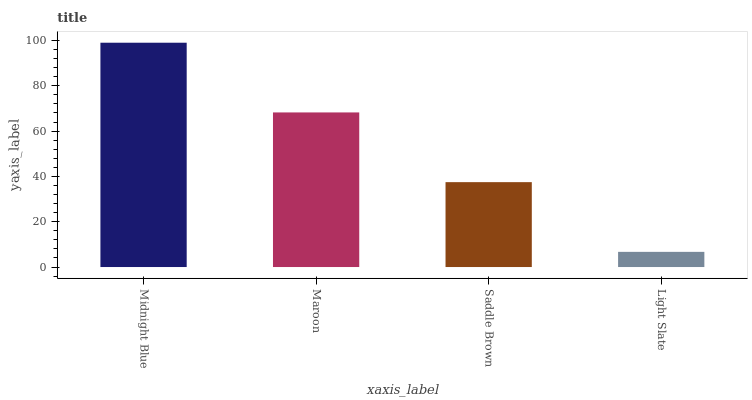
| xaxis_label | bars |
 | --- | --- |
 | Midnight Blue | 99 |
 | Maroon | 68.2 |
 | Saddle Brown | 37.5 |
 | Light Slate | 6.7 |